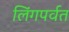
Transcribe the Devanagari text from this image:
लिंगपर्वत